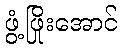
ဖွံ့ဖြိုးအောင်